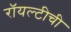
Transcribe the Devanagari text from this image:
रॉयल्टीची